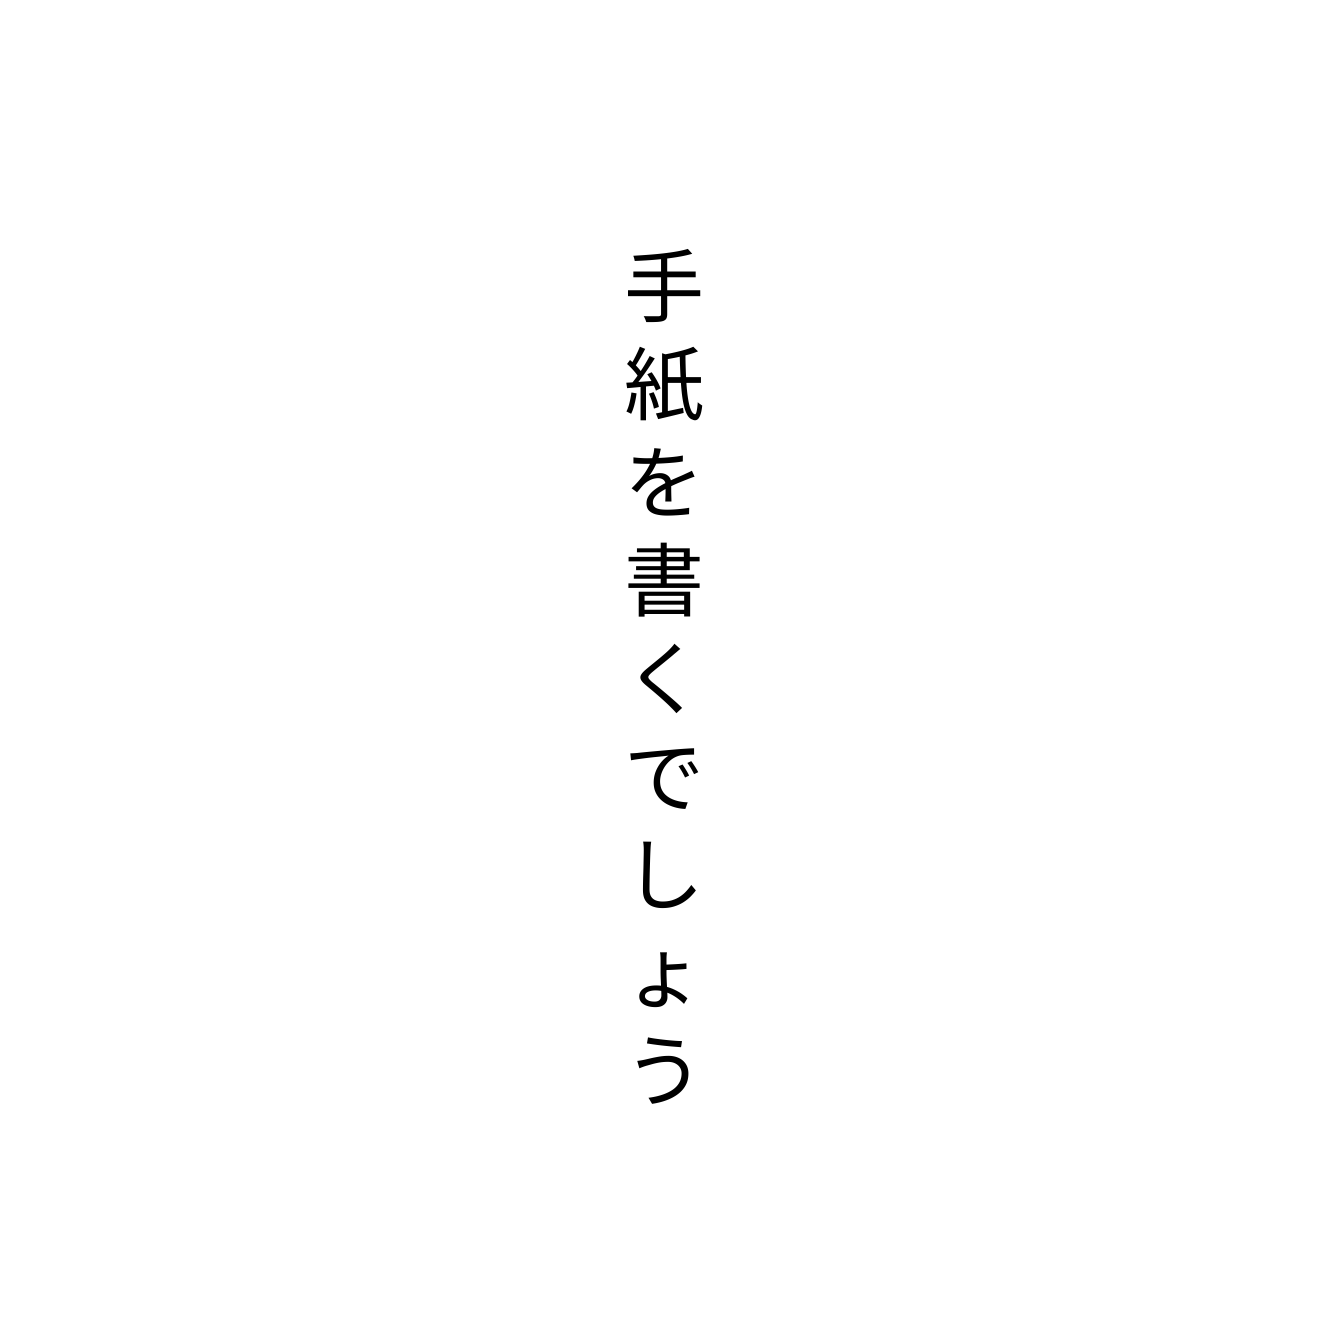
手紙を書くでしょう